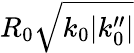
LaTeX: R_{0}\sqrt{k_{0}|k_{0}^{\prime\prime}|}